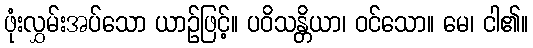
ဖုံးလွှမ်းအပ်သော ယာဉ်ဖြင့်။ ပဝိသန္တိယာ၊ ဝင်သော။ မေ၊ ငါ၏။